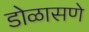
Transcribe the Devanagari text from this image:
डोळासणे